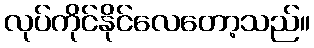
လုပ်ကိုင်နိုင်လေတော့သည်။